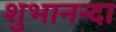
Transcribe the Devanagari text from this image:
शुभानन्दा